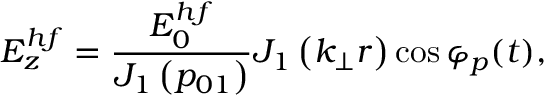
E _ { z } ^ { h f } = \frac { E _ { 0 } ^ { h f } } { J _ { 1 } \left( p _ { 0 1 } \right) } J _ { 1 } \left( k _ { \perp } r \right) \cos \varphi _ { p } ( t ) ,